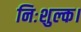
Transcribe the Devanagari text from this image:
निःशुल्क।